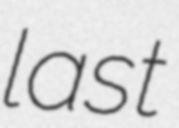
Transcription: last